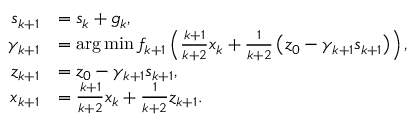
\begin{array} { r l } { s _ { k + 1 } } & { = s _ { k } + g _ { k } , } \\ { \gamma _ { k + 1 } } & { = \arg \operatorname* { m i n } f _ { k + 1 } \left( \frac { k + 1 } { k + 2 } x _ { k } + \frac { 1 } { k + 2 } \left( z _ { 0 } - \gamma _ { k + 1 } s _ { k + 1 } \right) \right) , } \\ { z _ { k + 1 } } & { = z _ { 0 } - \gamma _ { k + 1 } s _ { k + 1 } , } \\ { x _ { k + 1 } } & { = \frac { k + 1 } { k + 2 } x _ { k } + \frac { 1 } { k + 2 } z _ { k + 1 } . } \end{array}